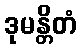
ဒုမန္တိတံ